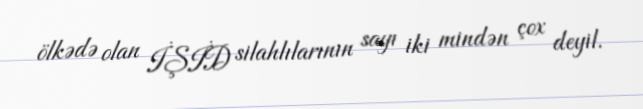
ölkədə olan İŞİD silahlılarının sayı iki mindən çox deyil.